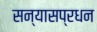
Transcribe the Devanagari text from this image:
सन्यासप्रधन